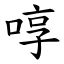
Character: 啍